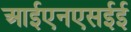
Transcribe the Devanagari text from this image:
आईएनएसईई